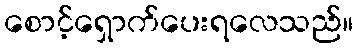
စောင့်ရှောက်ပေးရလေသည်။